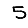
Digit: 5